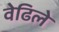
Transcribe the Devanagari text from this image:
वेढिले